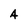
Character: A